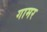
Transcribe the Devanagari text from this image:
गामर